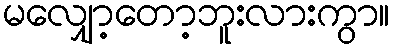
မလျှော့တော့ဘူးလားကွာ။